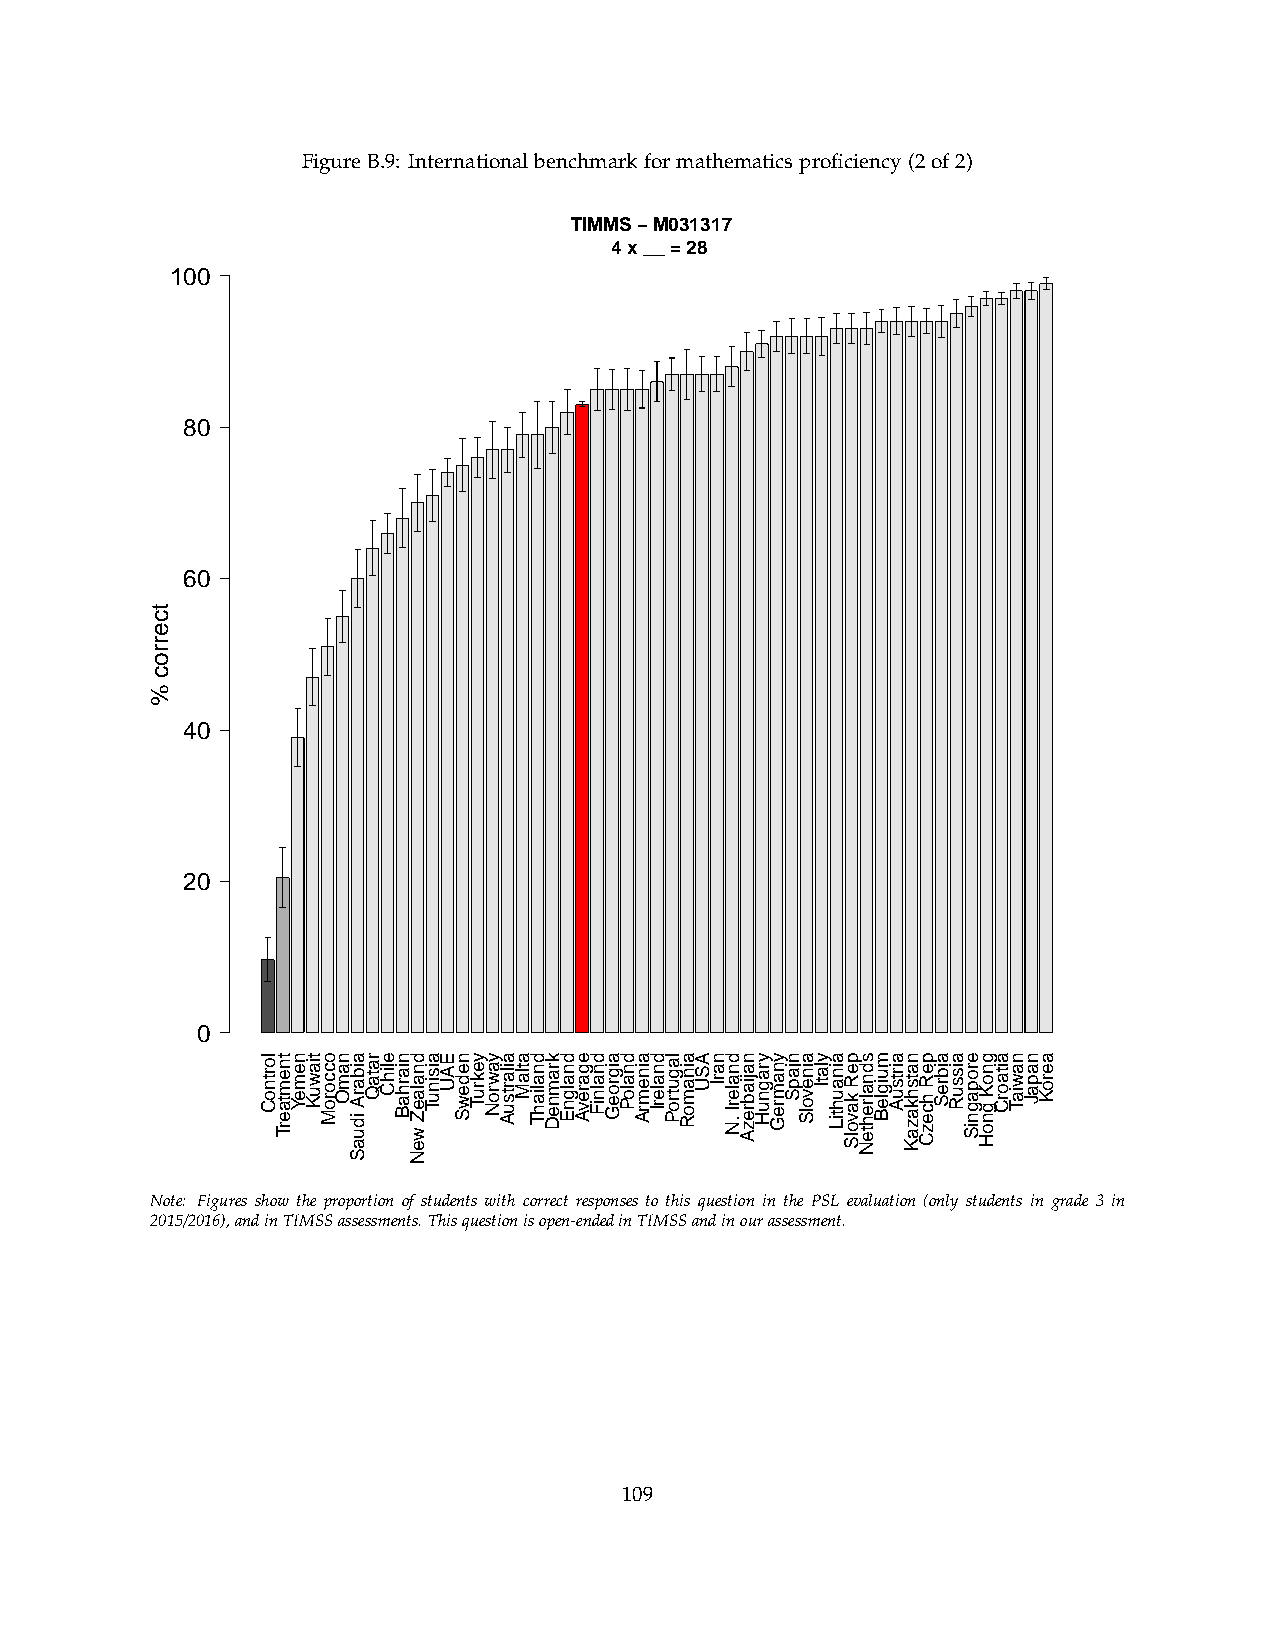
FigureB.9: Internationalbenchmarkformathematicsproficiency(2of2)
 TIMMS − M031317
 4 x __ = 28
 100
 80
 60
 40
 20
 0
 Note: Figures show the proportion of students with correct responses to this question in the PSL evaluation (only students in grade 3 in
 2015/2016),andinTIMSSassessments.Thisquestionisopen-endedinTIMSSandinourassessment.
 109
 tcerroc
 %
 lortnoC tnemtaerT nemeY tiawuK occoroM namO aibarA
 iduaS
 rataQ elihC niarhaB dnalaeZ
 weN
 aisinuT EAU nedewS yekruT yawroN ailartsuA atlaM dnaliahT kramneD dnalgnE egarevA dnalniF aigroeG dnaloP ainemrA dnalerI lagutroP ainamoR ASU narI dnalerI
 .N
 najiabrezA yragnuH ynamreG niapS ainevolS ylatI ainauhtiL peR
 kavolS
 sdnalrehteN muigleB airtsuA natshkazaK peR
 hcezC
 aibreS aissuR eropagniS gnoK
 gnoH
 aitaorC nawiaT napaJ aeroK